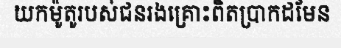
យកម៉ូតូរបស់ជនរងគ្រោះពិតប្រាកដមែន